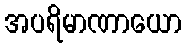
အပရိမာဏာယော